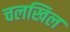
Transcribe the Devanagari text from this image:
चलखिल